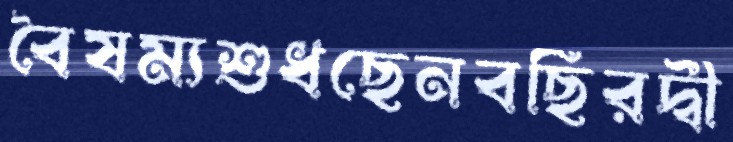
বৈষম্যশুধছেনবছিরদ্বী